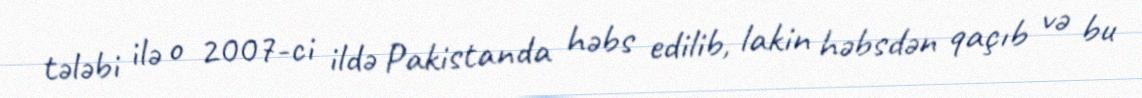
tələbi ilə o 2007-ci ildə Pakistanda həbs edilib, lakin həbsdən qaçıb və bu